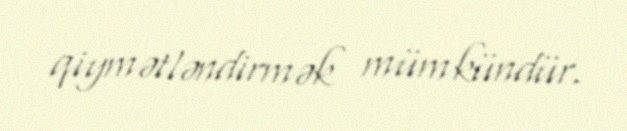
qiymətləndirmək mümkündür.